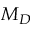
M _ { D }